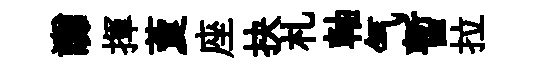
讟揮藑座抉札軸气暫拉